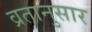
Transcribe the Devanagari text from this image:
व्रतानुसार